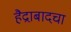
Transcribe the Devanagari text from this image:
हैद्राबादचा